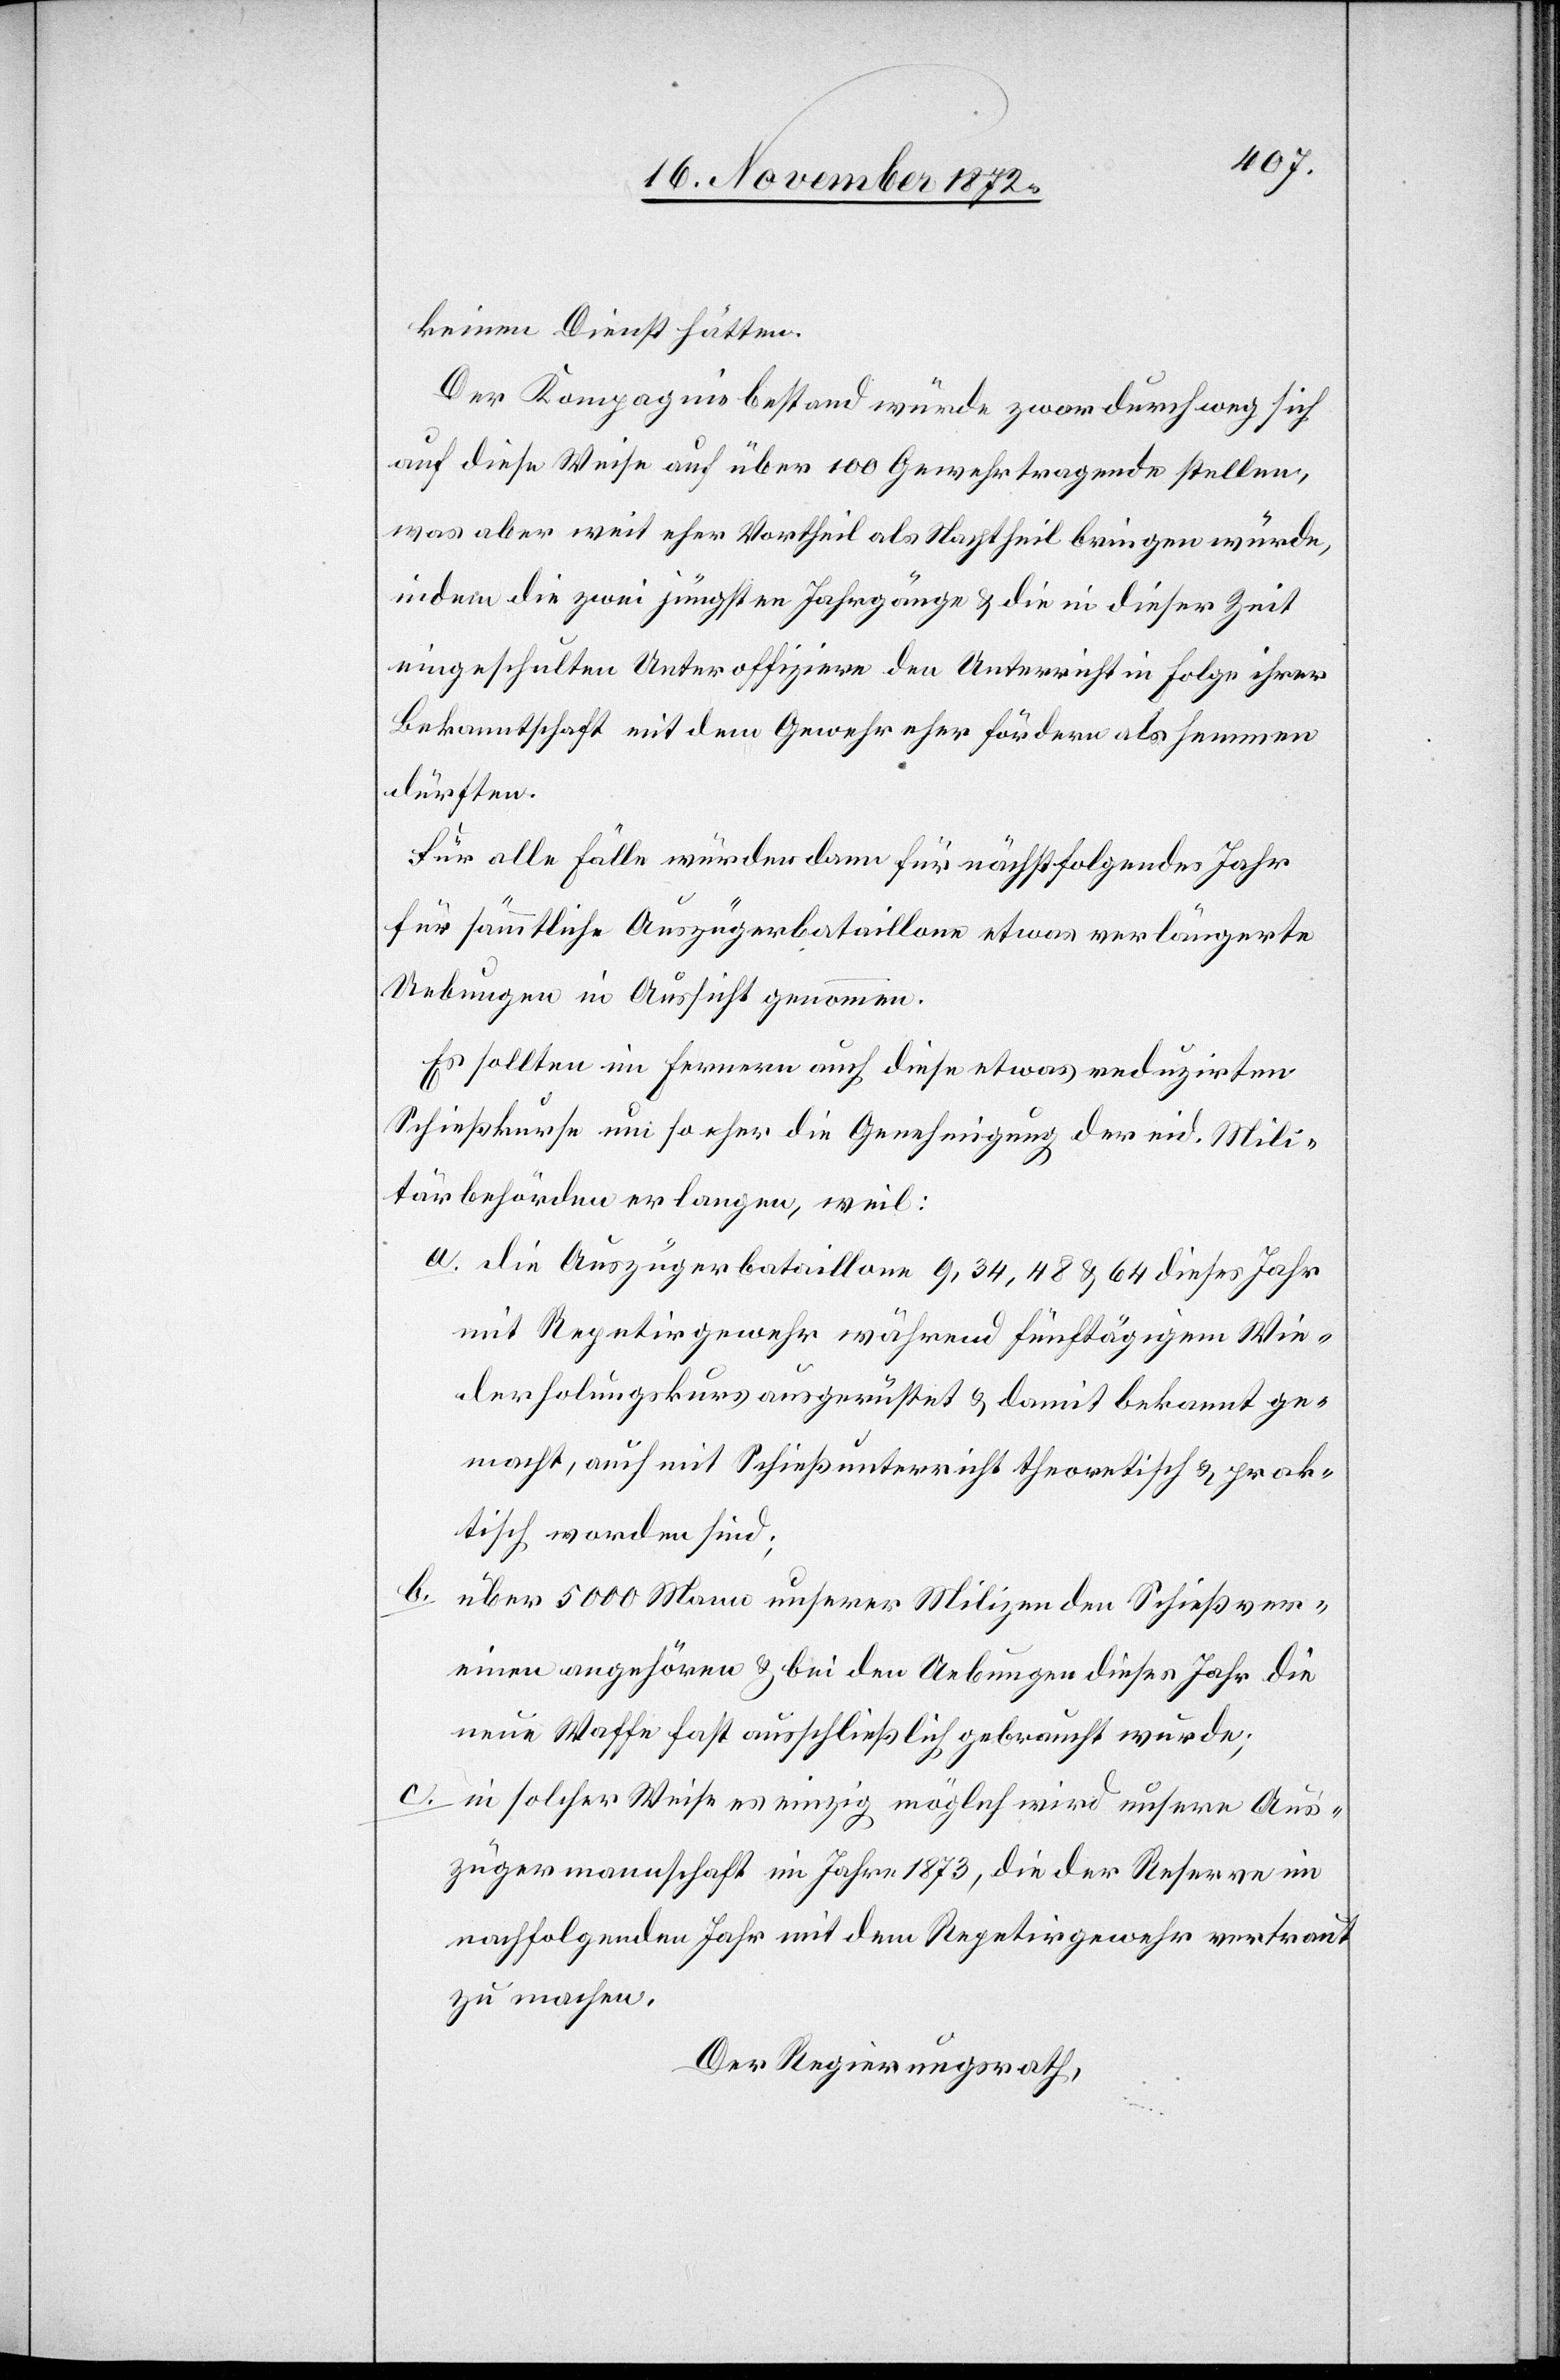
keinen Dienst hätten.
Der Kompagniebestand würde zwar durchweg sich
auf diese Weise auf über 100 Gewehrtragende stellen,
was aber weit eher Vortheil als Nachtheil bringen würde,
indem die zwei jüngsten Jahrhgänge u. die in dieser Zeit
eingeschulten Unteroffiziere den Unterricht in Folge ihrer
Bekanntschaft mit dem Gewehr eher fördern als hemmen
dürften.
Für alle Fälle würden dann für nächstfolgendes Jahr
für sämmtliche Auszügerbataillone etwas verlängerte
Uebungen in Aussicht genommen.
Es sollten im Fernern auch diese etwas reduzirten
Schießkurse um so eher die Genehmigung der eid. Mili¬
tärbehörden erlangen, weil:
a. die Auszügerbataillone 9, 34, 48 u. 64 dieses Jahr
mit Repetirgewehr während fünftägigem Wie¬
derholungskurs ausgerüstet u. damit bekannt ge¬
macht, auch mit Schießunterricht theoretisch u. prak¬
tisch worden sind;
b. über 5000 Mann unserer Milizen den Schießver¬
einen angehören u. bei den Uebungen dieses Jahr die
neue Waffe fast ausschließlich gebraucht wurde;
c. in solcher Weise es einzig möglich wird unsere Aus¬
zügermannschaft im Jahre 1873, die der Reserve im
nachfolgenden Jahr mit dem Repetirgewehr vertraut
zu machen.
Der Regierungsrath,